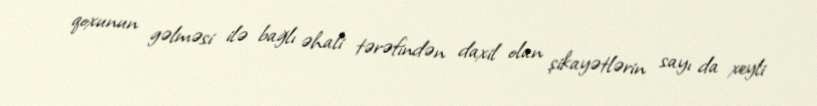
qoxunun gəlməsi ilə bağlı əhali tərəfindən daxil olan şikayətlərin sayı da xeyli